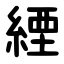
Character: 緸